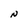
Character: N